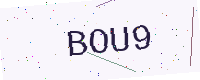
Text: BOU9